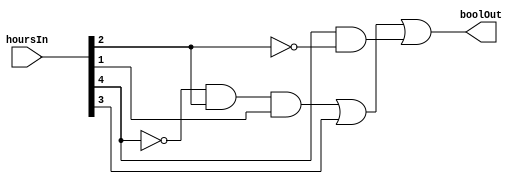
//converts the 5 bit hour of day (0 to 23) input to a boolean
//where Day = 1 and Night = 0
//6am to 8pm is daytime,[6:00, 20:00) == [6:00, 19:59]
module TimeOfDayInHoursToBoolean_CL (hoursIn, boolOut);
  input [4:0] hoursIn;
  output boolOut;

  assign boolOut =
      //H4'H2H1 + H3 +H4H2'
      (~hoursIn[4] & hoursIn[2] & hoursIn[1])
      | (hoursIn[3])
      | (hoursIn[4] & ~hoursIn[2]);
endmodule  
//----------------------------------------------------------------------